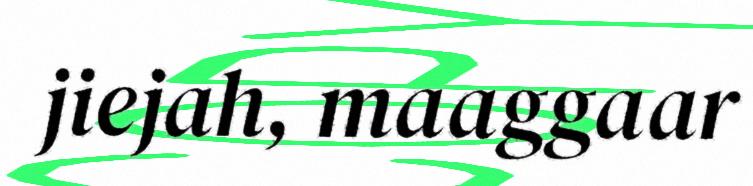
jiejah, maaggaar